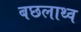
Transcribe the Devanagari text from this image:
बछलाथ्व